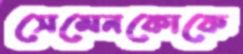
সেমেনকোকে